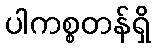
ပါကစ္စတန်ရှိ